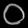
Digit: ၀